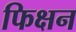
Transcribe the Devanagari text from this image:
फिक्षन